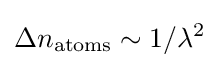
\Delta n_{\mathrm {atoms} }\sim 1/\lambda ^{2}